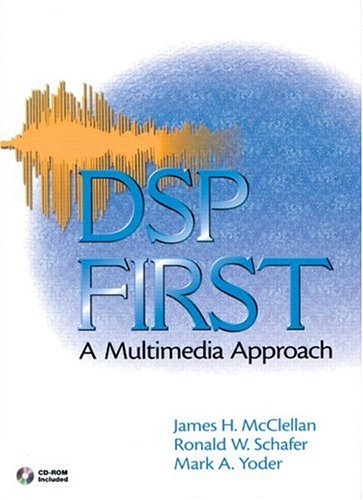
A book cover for DSP First: A Multimedia Approach; James H. McClellan; Computers & Technology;